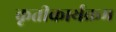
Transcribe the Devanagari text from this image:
कृतीकार्यक्रम